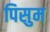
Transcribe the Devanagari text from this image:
पिसुम